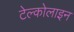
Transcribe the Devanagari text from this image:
टेल्कोलाइन